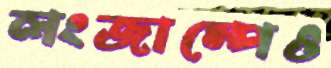
লংজাম্পেও